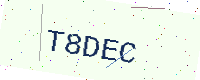
Text: T8DEC